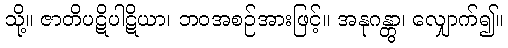
သို့။ ဇာတိပဋိပါဋိယာ၊ ဘဝအစဉ်အားဖြင့်။ အနုဂန္တွာ၊ လျှောက်၍။